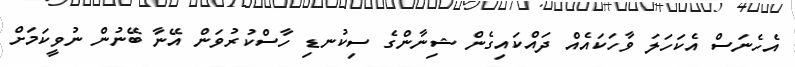
އެހެނަސް އެކަހަލަ ވާހަކައެއް ދައްކައިގެން ޝިނާންގެ ސިކުނޑި ހާސްކުރުވަން އޭނާ ބޭނުން ނުވީކަމަށް